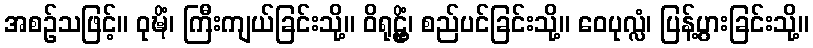
အစဉ်သဖြင့်။ ဝုဍ္ဎိံ၊ ကြီးကျယ်ခြင်းသို့။ ဝိရုဠ္ဌိံ၊ စည်ပင်ခြင်းသို့။ ဝေပုလ္လံ၊ ပြန့်ပွားခြင်းသို့။